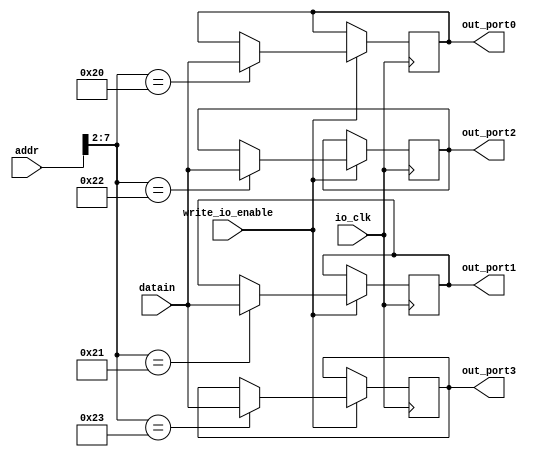
module io_output_reg(addr,datain,write_io_enable,io_clk,out_port0,out_port1,out_port2,out_port3); 
	//reset. if necessary,can use reset signal to reset the outputto 0.
	input [31:0] addr,datain;
	input write_io_enable,io_clk;
	output [31:0] out_port0,out_port1,out_port2,out_port3;
	reg [31:0] out_port0;
	reg [31:0] out_port1;
	reg [31:0] out_port2;
	reg [31:0] out_port3;
	always @ (posedge io_clk)
	begin
	if (write_io_enable == 1)
	case (addr[7:2])
	6'b100000: out_port0 = datain; // 80h
	6'b100001: out_port1 = datain; // 84h
	6'b100010: out_port2 = datain; // 88h
	6'b100011: out_port3 = datain;
	// more ports
	endcase
	end
endmodule